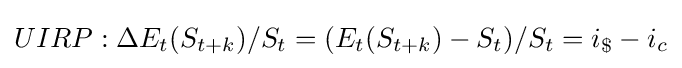
UIRP:{\Delta }E_{t}(S_{t+k})/S_{t}=(E_{t}(S_{t+k})-S_{t})/S_{t}=i_{\$}-i_{c}